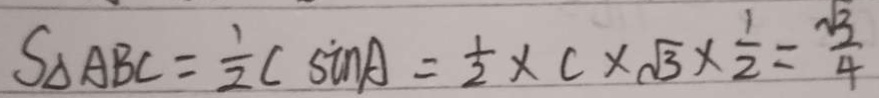
S _ { \Delta } A B C = \frac { 1 } { 2 } C \sin A = \frac { 1 } { 2 } \times C \times \sqrt { 3 } \times \frac { 1 } { 2 } = \frac { \sqrt { 3 } } { 4 }